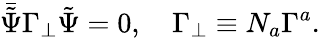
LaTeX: \bar{\tilde{\Psi}}\Gamma_{\bot}\tilde{\Psi}=0,~~~~\Gamma_{\bot}\equiv N_{a}\Gamma^{a}.